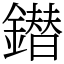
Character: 鐟